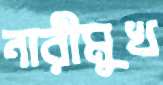
নারীমুখ